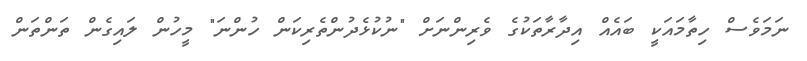
ނަމަވެސް ހިތާމައަކީ ބައެއް އިދާރާތަކުގެ ވެރިންނަށް "ނުކުޅެދުންތެރިކަން ހުންނަ" މީހުން ލައިގެން ތަންތަން